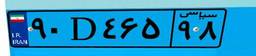
۹۰D۴۶۵۹۸